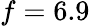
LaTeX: f=6.9